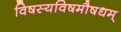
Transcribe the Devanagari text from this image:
विषस्यविषमौषधम्‌